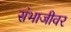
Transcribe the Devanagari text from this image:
संभाजीवर